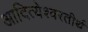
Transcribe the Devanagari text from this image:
आदित्येश्वरतीर्थ